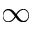
\infty